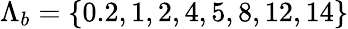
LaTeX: {\Lambda}_{b}=\{ 0.2,1,2,4,5,8,12,14\}